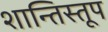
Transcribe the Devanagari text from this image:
शान्तिस्‍तूप